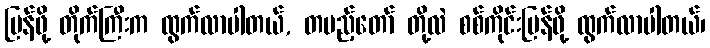
ပြန်ဖို့ တိုက်ကြီးက ထွက်လာပါတယ်, တပည့်တော် တို့လဲ စစ်ကိုင်းပြန်ဖို့ ထွက်လာပါတယ်၊